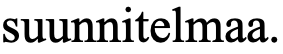
suunnitelmaa.